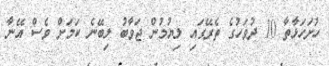
ހުށަހަޅާތާ 10 ދުވަހުގެ ތެރޭގައި ލިޔުމުން ޖަވާބު ލިބޭނެ ކަމަށް ވެސް އޭނާ